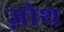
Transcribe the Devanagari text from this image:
ज़ोथ